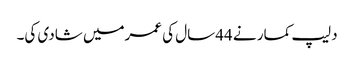
دلیپ کمار نے 44سال کی عمرمیں شادی کی۔